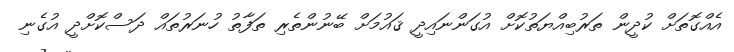
އެއްގޮތަށް ކުދީން ތަރުބިއްޔަތުކޮށް އުގަންނައިދީ ޤައުމަށް ބޭނުންތެރި ތަފާތު ހުނަރުތައް ދަސްކޮށްދީ އުގެނި